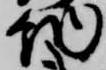
納